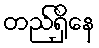
တည်ရှိနေ